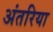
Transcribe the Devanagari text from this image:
अंतरिया